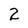
Character: 2